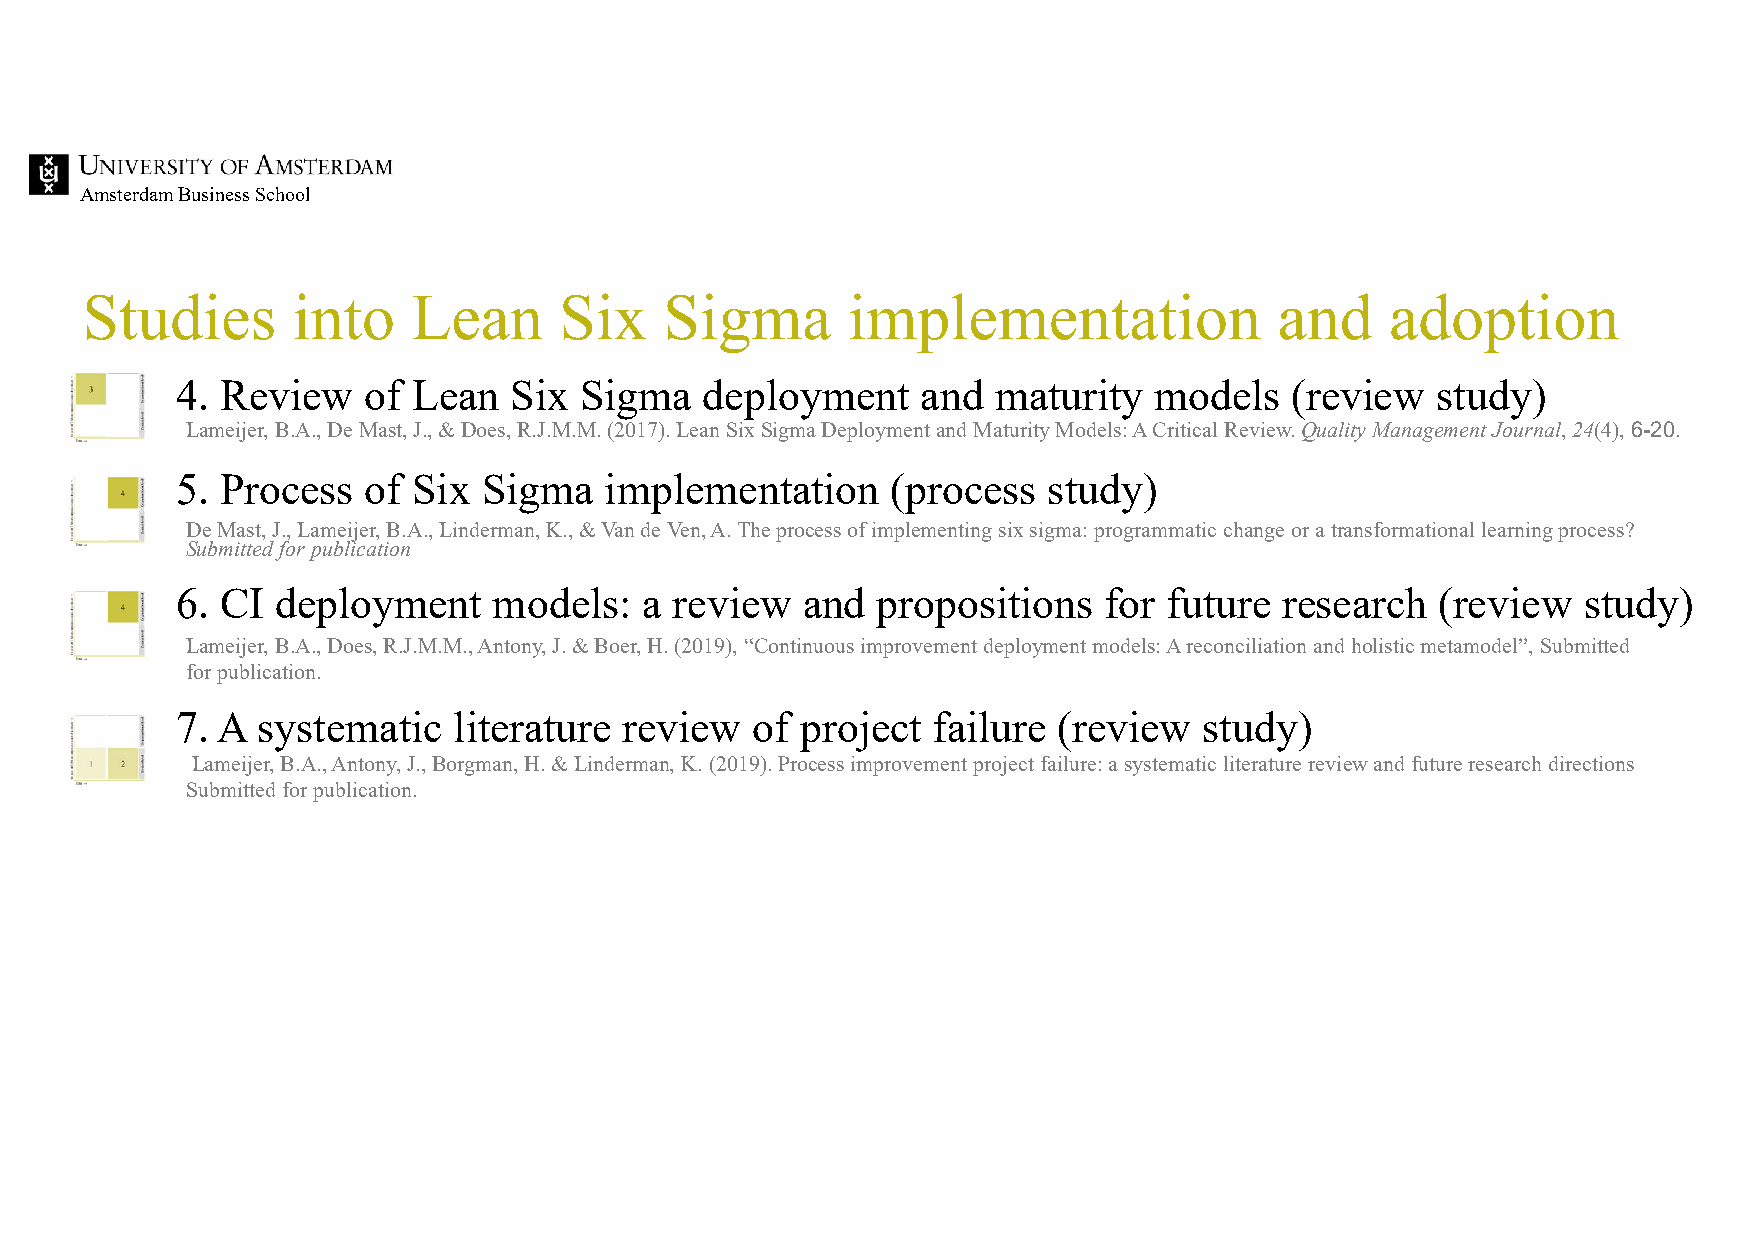
Amsterdam Business School
 Studies       into    Lean      Six    Sigma       implementation               and    adoption
 4. Review   of Lean   Six Sigma   deployment     and  maturity  models   (review   study)
 Lameijer, B.A., De Mast, J., & Does, R.J.M.M. (2017). Lean Six Sigma Deployment and Maturity Models: A Critical Review.Quality Management Journal,24(4),6-20.
 5. Process  of Six  Sigma   implementation     (process  study)
 De Mast, J., Lameijer, B.A., Linderman, K., & Van de Ven, A. The process of implementing six sigma: programmatic change or a transformational learning process?
 Submitted for publication
 6. CI deployment     models:  a  review  and  propositions   for future  research  (review   study)
 Lameijer, B.A., Does, R.J.M.M., Antony, J. & Boer, H. (2019), “Continuous improvement deployment models: A reconciliation andholistic metamodel”, Submitted
 for publication.
 7. A systematic   literature review   of project  failure (review   study)
 Lameijer, B.A., Antony, J., Borgman, H. & Linderman, K. (2019). Processimprovementproject failure: a systematicliteraturereview andfutureresearch directions
 Submittedforpublication.